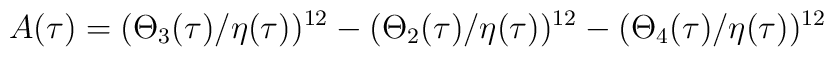
A(\tau) = (\Theta_3 (\tau)/\eta(\tau))^{12} - (\Theta_2 (\tau)/\eta(\tau))^{12}-(\Theta_4(\tau)/\eta(\tau))^{12}